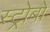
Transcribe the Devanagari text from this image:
स्ट्रोबों